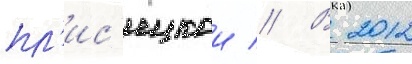
пл'ис'ецкои // В 2012